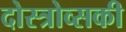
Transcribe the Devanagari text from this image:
दोस्त्रोव्सकी